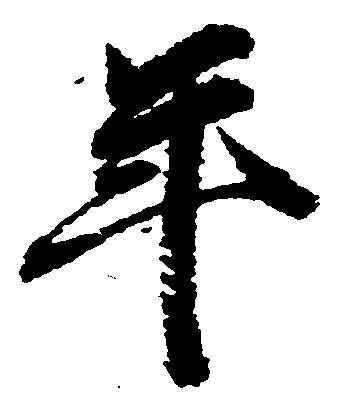
年